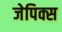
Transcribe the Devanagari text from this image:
जेपिक्स